Cholera in southern India
Disease focus: Cholera
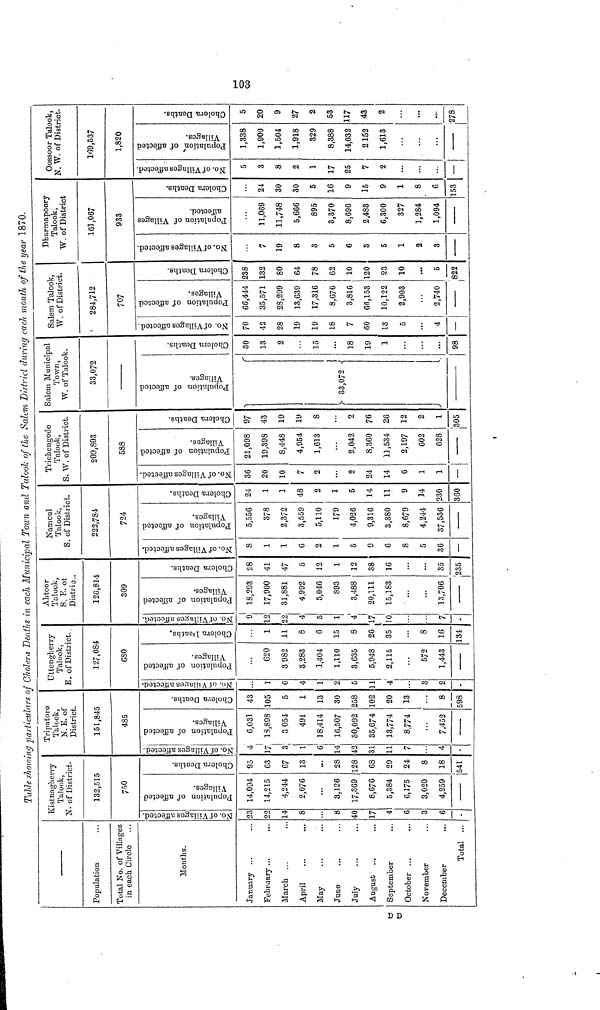
Table showing particulars of Cholera Deaths in each Municipal Town and Talook of the Salem District during each month of the year 1870.
Population
Total No. of Villages
in each Circle
Months.
January ...
February ...
March ...
April
May
Jnne
July
August...
September...
October ...
November...
December...
Total ...
Kistnagherry
Talook,
N· of District.
132,515
750
No. of Villages affected.
23
22
14
8
8
40
17
4
6
3
6
-
Population of affected
Villages.
14,094
14,215
4,244
2,076
3,126
17,369
8,676
5,384
6,175
3,020
4,259
---
Cholera Deaths.
95
63
67
13
28
128
68
29
24
8
18
541
Tripatore
Talcok,
N.E. of
District.
151,845
485
No. of Villages affected. I
4
17
3
1
14
42
31
11
7
...
4
-
Population of affected
Villages.
6,031
13,898
3 054
491
18 414
16,507
30,092
35,674
13,774
8 774
...
7.452
----
Cholera Deaths.
43
105
5
1
13
30
258
102
20
13
...
8
598
Uttengherry
Talook,
E. of District.
127,084
680
¤
NO.of Villages affected.
...
1
6
4
2
5
11
4
...
3
2
-
Population of affected
Villages.
...
620
3 982
3,283
1,404
1,110
3,635
5,948
2,115
...
572
1,443
Cholera l·eatbs.
...
1
11
8
6
15
8
26
35
...
8
16
34
Ahtoor
Talook,
S. E. of
Distrie..
126,814
309
No. of Villages affected.
9
12
22
4
1
4
17
10
...
...
7
-
Population of affected
Villages.
18,293
17,900
31,881
4,992
5,046
893
3,488
20,111
15,183
...
...
13,706
----
Cholera Deaths.
28
41
47
5
19
1
12
38
16
...
...
35
235
S
Namcul
Talook,
of District.
222,784
724
No. of Villages affected.
8
1
1
6
2
1
5
9
6
8
5
36
—
Population of affected
Villages,
5,556
378
2,372
3,559
5,110
179
4,026
9,316
3,380
8 679
4,244
37,536
Cholera Deaths.
24
1
1
48
2
1
5
14
11
9
.14
230
360
Trichengode
Talook,
S. W. of District.
209,803
588
No. of Villages affected.
36
20
10
7
2
2
24
14
6
l
l
—
Population of affected
Villages.
21,098
19,398
8,448
4,954
1 613
2,042
8,360
11,534
2,197
602
628
-----
Cholera Deaths.
97
43
19
19
8
2
76
26
12
2
1
305
Salem Municipal
Town,
W. of Talook.
33,0/2
Population of affected
Villages.
33,072
----------
Cholera Deaths.
30
13
2
...
15
...
18
19
1
...
...
98
Salem Talook,
W. of District.
284,712
707
No. of Villages affected.
70
42
28
19
19
18
7
60
13
5
...
4
—
Population of affected
Villages.
66,444
35,571
28,299
13,639
17,316
8,676
3,816
66,153
10,122
2,903
...
2,740
--------
Cholera Deaths.
238
132
80
64
78
62
10
120
23
10
...
5
822
Dharmapoory
Talook,
W. of District
161,067
933
No. of Villages affected.
...
7
19
8
3
5
6
3
5
1
2
3
Population of Villages
affected.
...
11,069
11,748
5,666
895
3,370
8,696
2,483
6,300
327
1,284
1,094
Cholera Deaths.
...
24
30
30
5
16
9
15
9
1
8
6
153
Oossoor Talook,
N. W. of District.
169,537
1,820
No. of Villages affected.
5
3
8
2
1
17
25
7
2
...
...
...
—
Population' of affected
Villages.
1,338
1,900
1,504
1,918
329
8,388
14,032
2 152
1,613
...
...
...
Cholera Deaths.
5
20
9
27
2
53
117
43
2
...
...
...
278
103